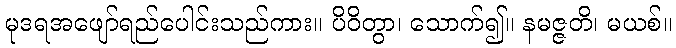
မုဒရအဖျော်ရည်ပေါင်းသည်ကား။ ပိဝိတွာ၊ သောက်၍။ နမဇ္ဇတိ၊ မယစ်။